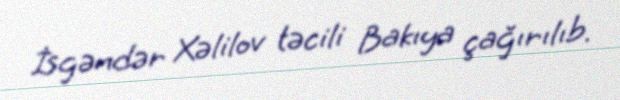
İsgəndər Xəlilov təcili Bakıya çağırılıb.